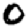
Digit: 0